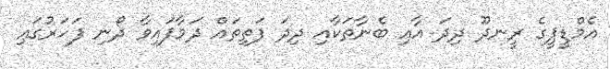
އެމްޑީޕީގެ ރީނދޫ ދިދަ އާއި ބެނާތަކާއި ދިދަ ފަތިތައް ދަމާފައިވާ ދޯނި ފަހަރުގައި